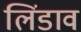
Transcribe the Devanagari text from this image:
लिंडाव